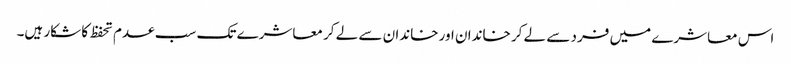
اس معاشرے میں فرد سے لے کر خاندان اور خاندان سے لے کر معاشرے تک سب عدم تحفظ کا شکار ہیں۔